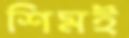
শিমই